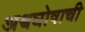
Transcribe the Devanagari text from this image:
अश्वघोषाची